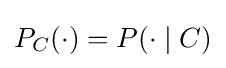
P_{C}(\cdot )=P(\cdot \mid C)